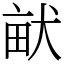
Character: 𤱶